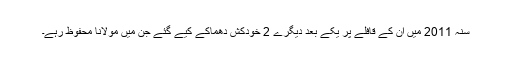
سنہ 2011 میں ان کے قافلے پر یکے بعد دیگرے 2 خودکش دھماکے کیے گئے جن میں مولانا محفوظ رہے۔